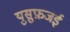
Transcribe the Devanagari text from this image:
युसुफ़जई